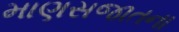
માણસજાતના